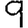
Digit: 9